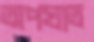
অপঘাত